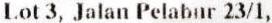
LOT 3, JALAN PELABUR 23/1,